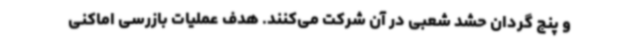
و پنج گردان حشد شعبی در آن شرکت می‌کنند. هدف عملیات بازرسی اماکنی